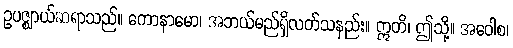
ဥပဇ္ဈာယ်ဆရာသည်။ ကောနာမော၊ အဘယ်မည်ရှိလတ်သနည်း။ ဣတိ၊ ဤသို့။ အဝေါစ၊